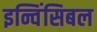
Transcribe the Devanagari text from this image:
इन्विंसिबल